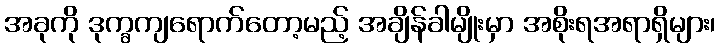
အခုကို ဒုက္ခကျရောက်တော့မည့် အချိန်ခါမျိုးမှာ အစိုးရအရာရှိများ၊